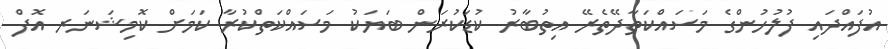
އުފައްދައި ފުލުހުންގެ މަސައްކަތާދޭތެރޭ އިތުބާރު ކުޑަކުރަން ބަޔަކު މަސައްކަތްކުރާ ކަމަށް ކޮމިޝަނަރ އޮފް